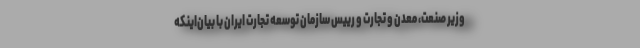
وزیر صنعت، معدن و تجارت و رییس سازمان توسعه تجارت ایران با بیان‌اینکه